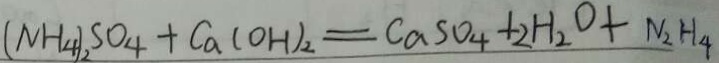
( N H _ { 4 } ) S O _ { 4 } + C a ( O H ) _ { 2 } = C a S O _ { 4 } + 2 H _ { 2 } O + N _ { 2 } H _ { 4 }